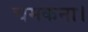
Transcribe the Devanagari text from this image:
चमकना।